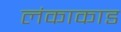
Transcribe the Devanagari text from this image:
लंकाकाड